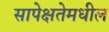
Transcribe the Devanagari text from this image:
सापेक्षतेमधील